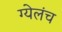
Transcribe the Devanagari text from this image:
ग्येलंच